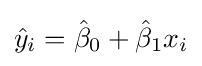
{\hat {y}}_{i}={\hat {\beta }}_{0}+{\hat {\beta }}_{1}x_{i}